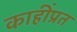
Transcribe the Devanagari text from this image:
काहींप्रत